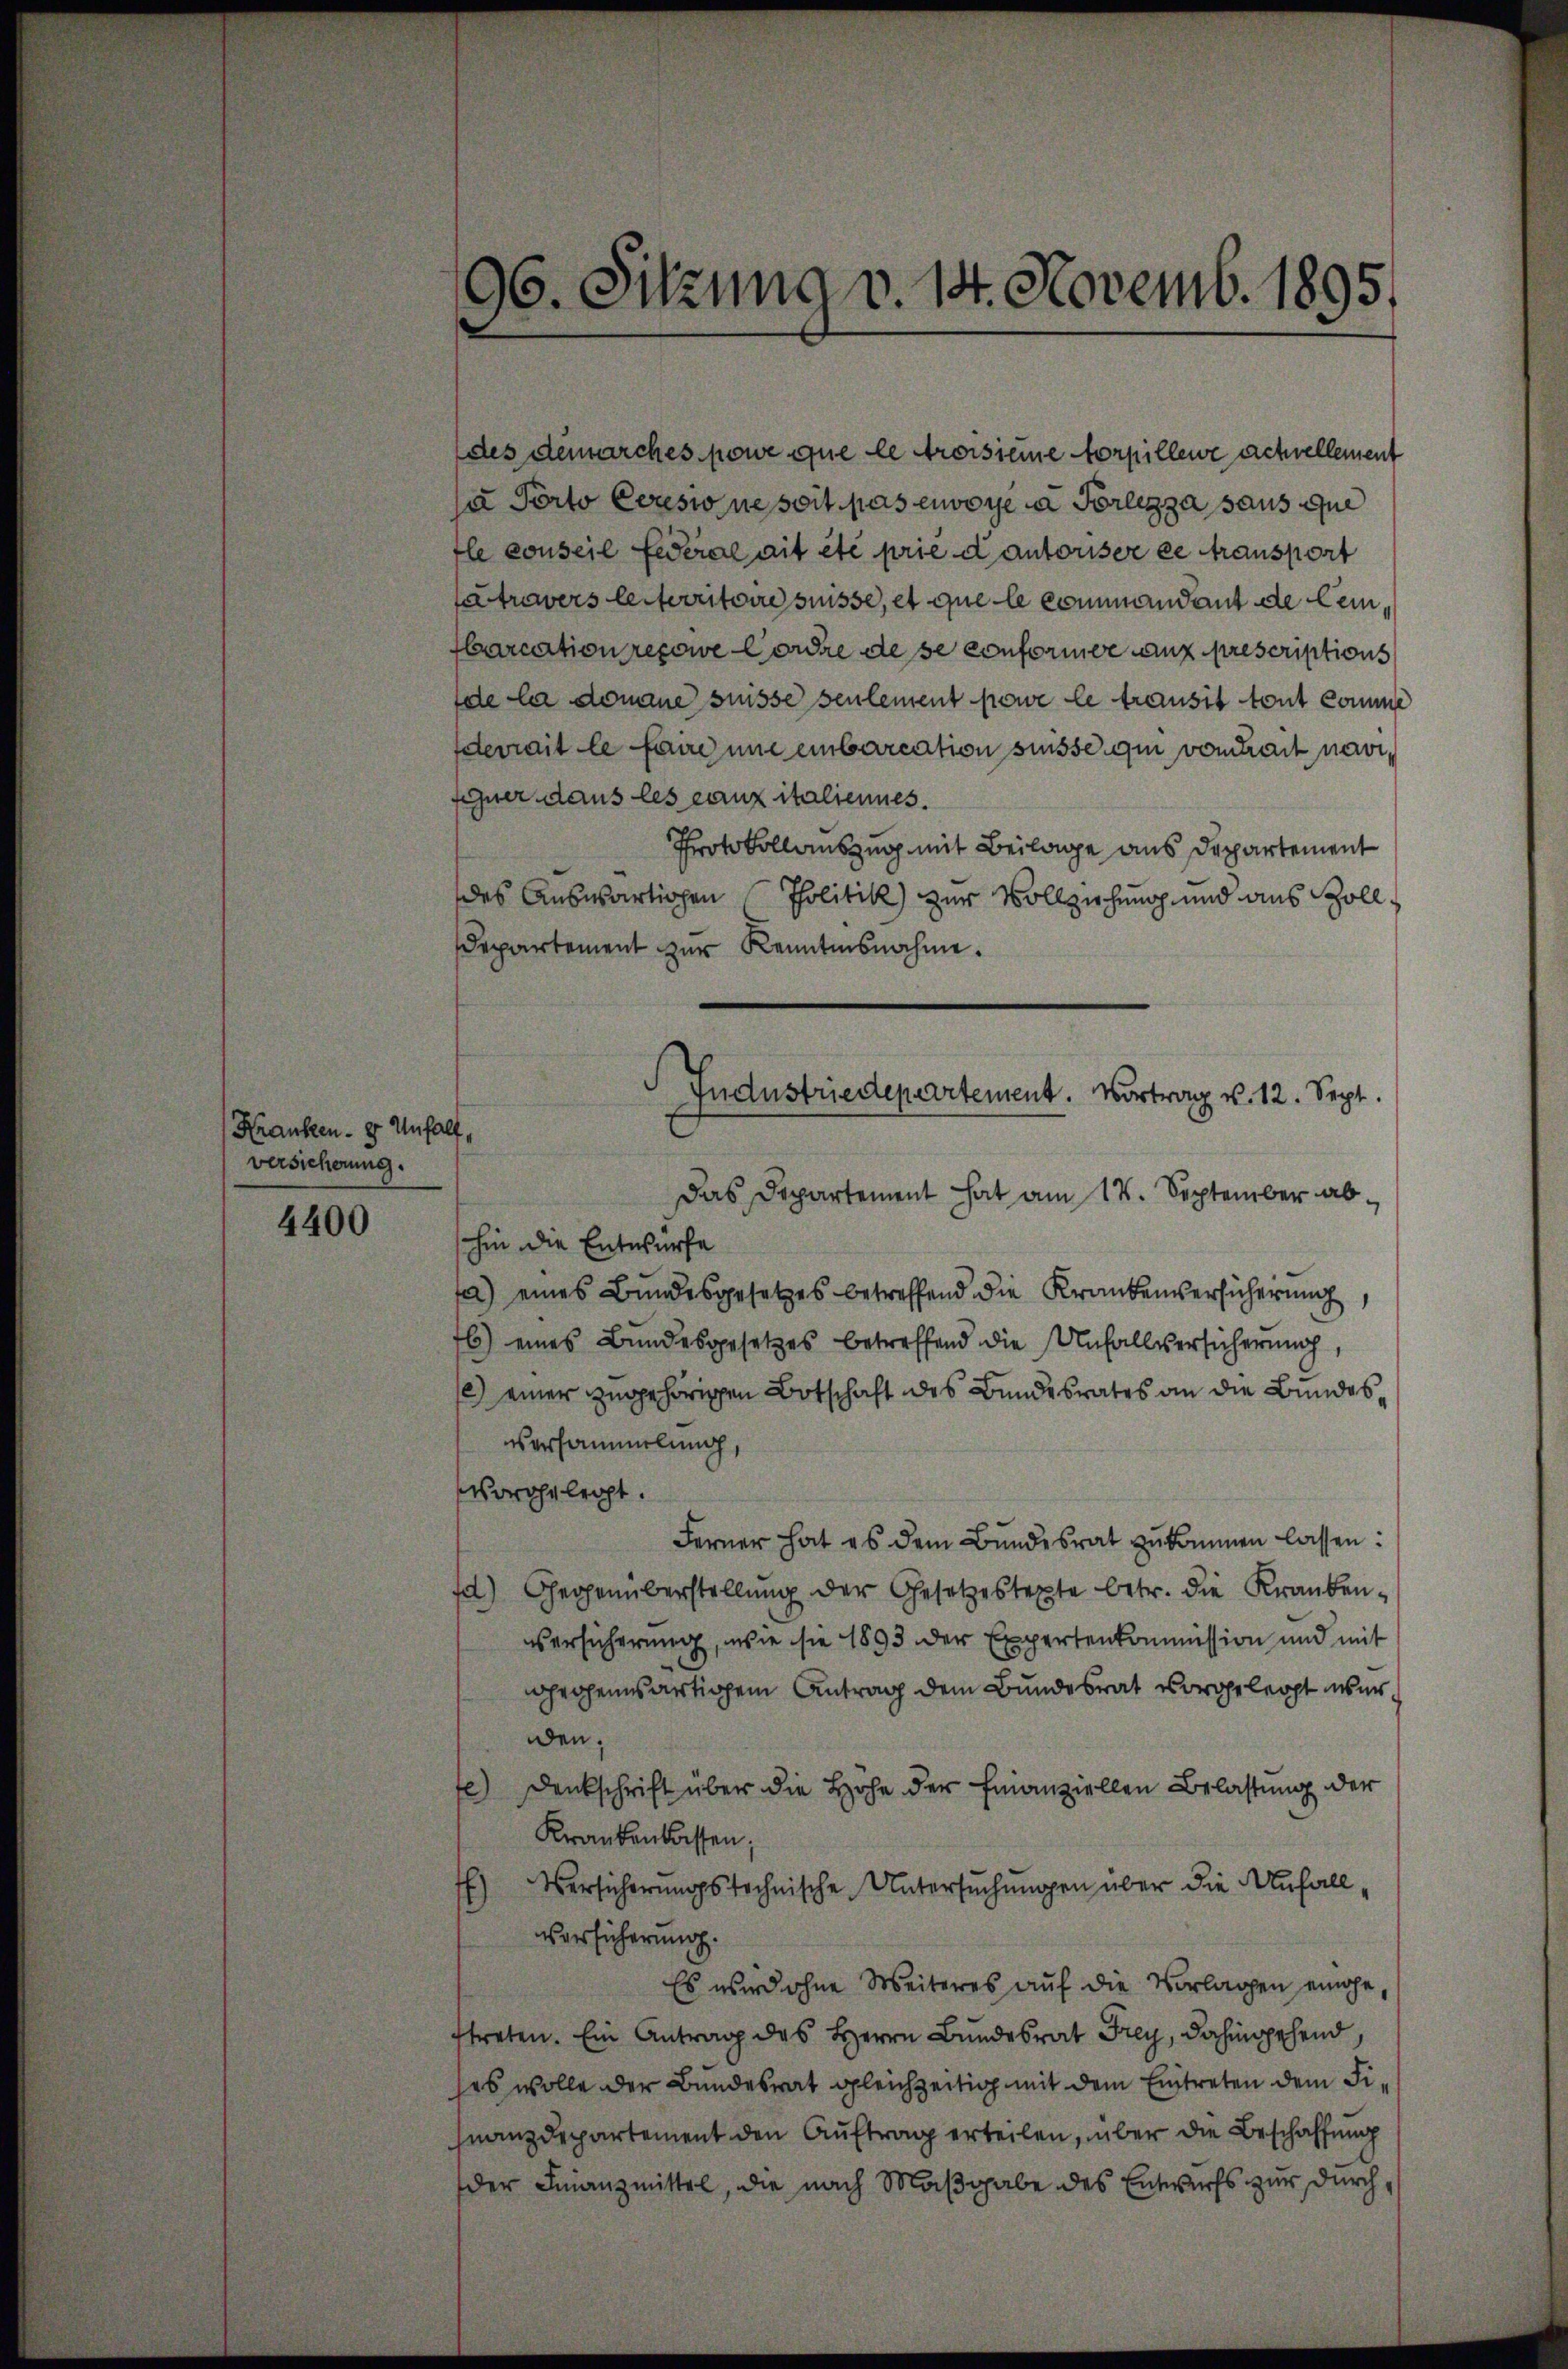
Kranken- 8 Unfall,
versicherung.

4400

(des demarches powe que le troisiere forpillen achvellement
a Porto Ceresso ne soit pas envoye a Porlezza sans que
fle conseil Federal ait été prie d autoriser ee transport
travers leiterritoire suisse, et que le commandant de Cenbarcation repowe Cordre de se conformer aux prescriptions
de la domane suisse seulement powe le transit tout comme
derrait le faire une einbarcation suisse qui vom Zeit navifehner dans les cauz italiennes.
Protokollauszug mit Beilage aus Departement
des Auswärtigen Politik) zur Vollziehung und aus Zolldepartement zur Kenntnisnahme.
Das Departement hat am 17. September abhin die Entwurfe
fa) eines Bundesgesetzes betreffend die Krankenversicherung
6) eines Bundesgesetzes betreffend die Unfallsersicherung,
l) einer zugehörigen Botschaft des Bundesrates an die Bundes¬
Versammlung,
orgelegt.
Ferner hat es dem Bundesrat zukommen lassen:
fa) Gegenüberstellŭng der Gesetzestexte betr. die Kranken-
Versicherung, wie sie 1893 der Expertenkommission und mit
gegenwärtigem Antrag dem Bundesrat vorgelegt wir
den.
fe) Denkschrift über die Hohe der Finanziellen Belastung der
Krankenkassen;
) Versicherungstechnische Untersuchungen über die Anfall¬
Versicherung.
Es wird ohne Weiteres auf die Vorlagen einahe,
ftreten. Ein Antrag des Herrn Bundesrat Frey, dahingehend
ses wolle der Bundesrat gleichzeitig mit dem Eintreten dem Fifnanzdepartement den Auftrag erteilen, über die Beschaffung
der Finanzmittel, die nach Maßgabe des Entwurfs zur durch¬

96. Sitzung v. 14. Novemb. 1895.

Industriedepartement. Vortrag v. 12. Sept.